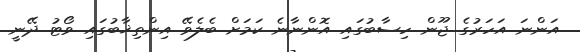
އަންނަ އަހަރުގެ ޖޫން ހިސާބުގައި އޮންނާނެ ކަމަށް ބެލެވޭ އިންތިޚާބުގައި ވޯޓު ދޭނީ